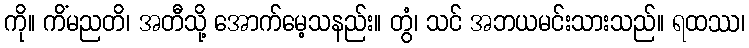
ကို။ ကိံမညတိ၊ အတီသို့ အောက်မေ့သနည်း။ တွံ၊ သင် အဘယမင်းသားသည်။ ရထဿ၊